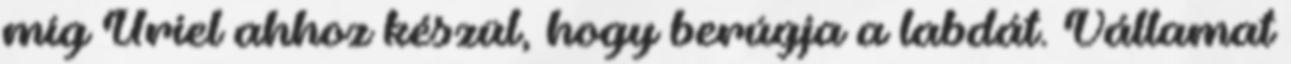
míg Uriel ahhoz készül, hogy berúgja a labdát. Vállamat